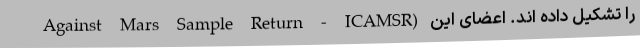
Against Mars Sample Return - ICAMSR) را تشکیل داده اند. اعضای این